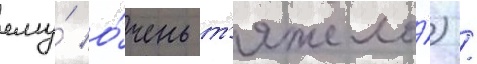
ему́ о́чень т'яжело́) /